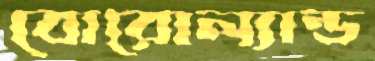
বোরোল্যান্ড